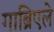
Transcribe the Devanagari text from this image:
गाब्रिएले